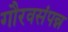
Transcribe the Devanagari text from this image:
गौरवसंपन्न